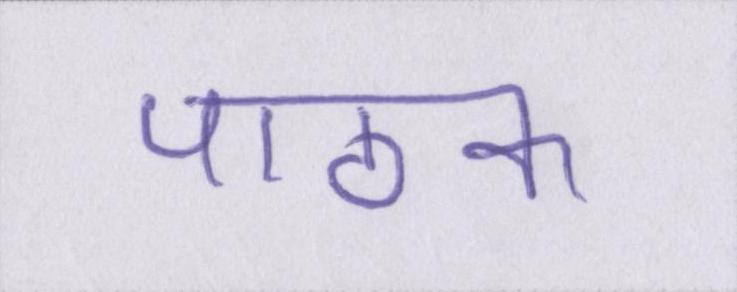
पाठक